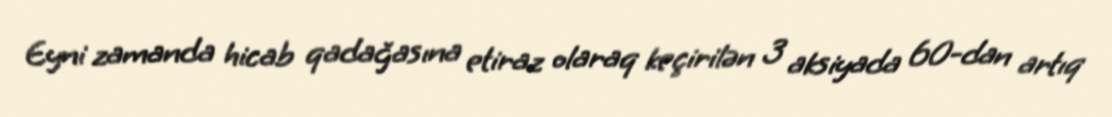
Eyni zamanda hicab qadağasına etiraz olaraq keçirilən 3 aksiyada 60-dan artıq